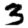
Digit: 3